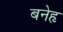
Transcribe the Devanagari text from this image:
बनेहृ